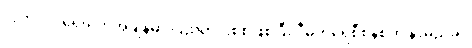
လွတ်လပ်ရေးရတဲ့အချိန်မှာ ပြည်တွင်းစစ်ဖြစ်ပြီး ဒီမိုကရေစီစနစ်က နာမည်ခံပဲ